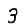
Digit: 3